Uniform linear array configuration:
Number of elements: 24
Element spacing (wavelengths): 0.25
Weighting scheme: binomial
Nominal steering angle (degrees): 0
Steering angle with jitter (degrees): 0.3991
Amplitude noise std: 0.05
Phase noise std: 0.05

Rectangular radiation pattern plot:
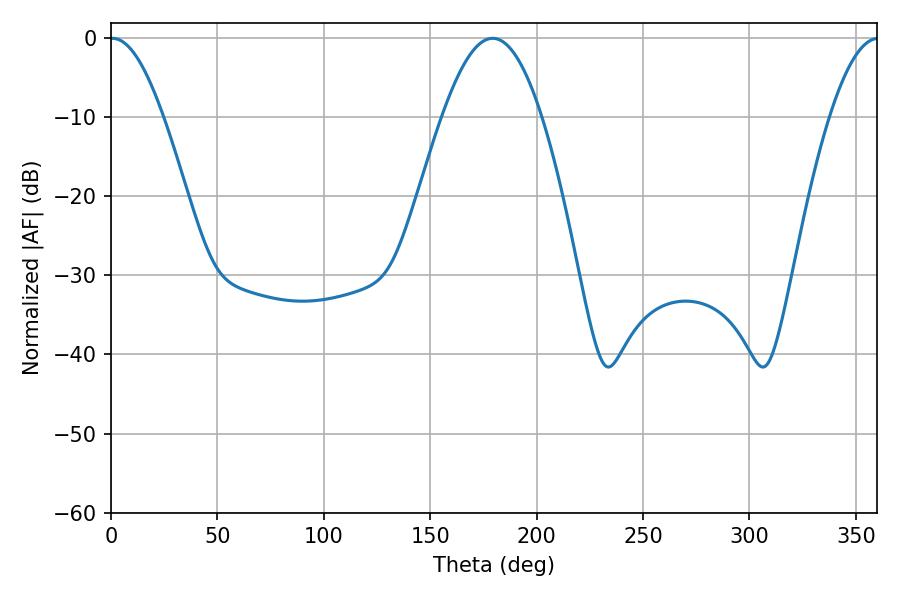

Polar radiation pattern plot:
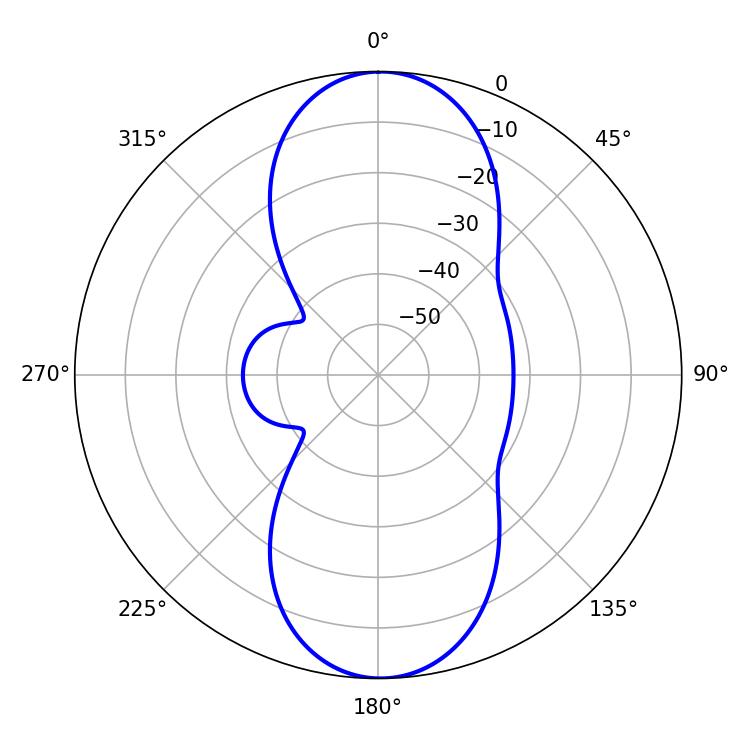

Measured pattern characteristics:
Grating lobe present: FALSE
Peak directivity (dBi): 20.712
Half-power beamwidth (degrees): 13.5
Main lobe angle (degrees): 0.72